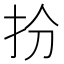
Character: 𢪅